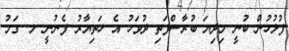
ފުލުހުން ބުނީ މިދިޔަ ބުރާސްފަތި ދުވަހު އެ ހަތިޔާރު ފެނުނީ ލ. ގަމު